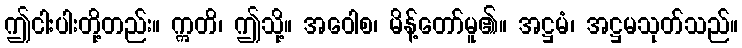
ဤငါးပါးတို့တည်း။ ဣတိ၊ ဤသို့။ အဝေါစ၊ မိန့်တော်မူ၏။ အဋ္ဌမံ၊ အဋ္ဌမသုတ်သည်။